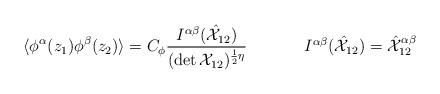
LaTeX: \begin{align*}\begin{array}{cc}\displaystyle{\langle \phi^{\alpha}(z_{1})\phi^{\beta}(z_{2})\rangle =C_{\phi}\frac{I^{\alpha\beta}(\hat{{\cal X}}_{12})}{(\det {\cal X}_{12})^{\frac{1}{2}\eta}}}~~~~&~~~~I^{\alpha\beta}(\hat{{\cal X}}_{12})=\hat{{\cal X}}_{12}^{\alpha\beta}\end{array}\end{align*}